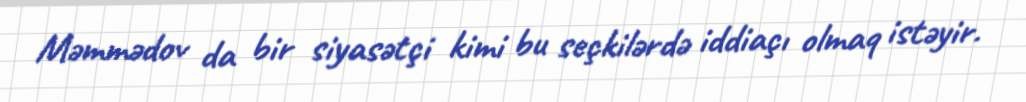
Məmmədov da bir siyasətçi kimi bu seçkilərdə iddiaçı olmaq istəyir.